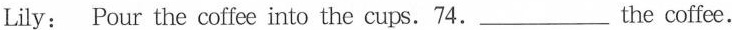
Lily: Pour the coffee into the cups. 74.___the cffee.